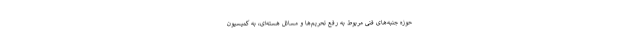
حوزه جنبه‌های فنی مربوط به رفع تحریم‌ها و مسائل هسته‌ای، به کمیسیون